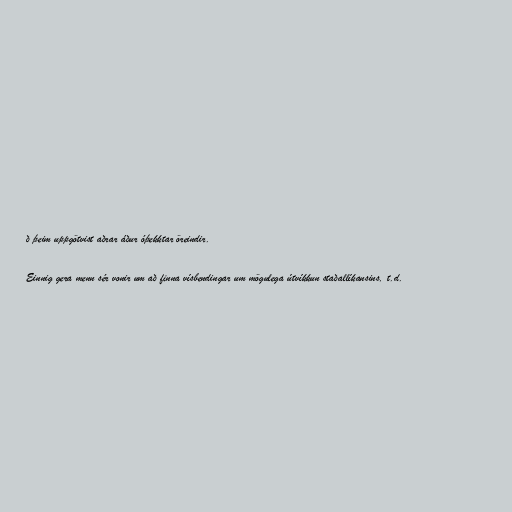
ð þeim uppgötvist aðrar áður óþekktar öreindir.

Einnig gera menn sér vonir um að finna vísbendingar um mögulega útvíkkun staðallíkansins, t.d.